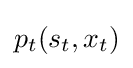
p_{t}(s_{t},x_{t})